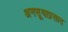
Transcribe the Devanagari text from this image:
अनसूयाप्रसाद